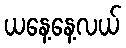
ယနေ့နေ့လယ်